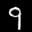
Label: 9